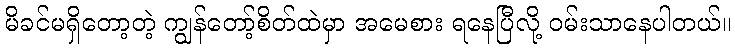
မိခင်မရှိတော့တဲ့ ကျွန်တော့်စိတ်ထဲမှာ အမေစား ရနေပြီလို့ ဝမ်းသာနေပါတယ်။